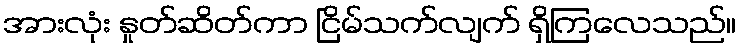
အားလုံး နှုတ်ဆိတ်ကာ ငြိမ်သက်လျက် ရှိကြလေသည်။